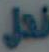
نحل